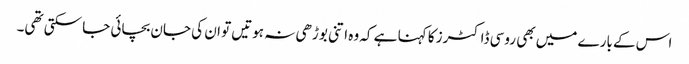
اس کے بارے میں بھی روسی ڈاکٹرز کا کہنا ہے کہ وہ اتنی بوڑھی نہ ہوتیں تو ان کی جان بچائی جا سکتی تھی۔